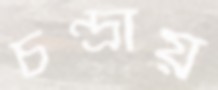
চন্দ্রায়